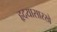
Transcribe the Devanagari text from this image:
हृदयासारखे